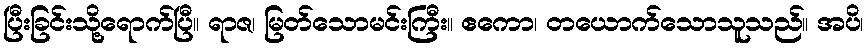
ပြီးခြင်းသို့ရောက်ပြီ။ ရာဇ၊ မြတ်သောမင်းကြီး။ ဧကော၊ တယောက်သောသူသည်။ အပိ၊